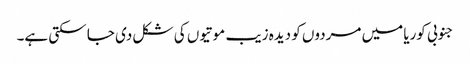
جنوبی کوریا میں مردوں کو دیدہ زیب موتیوں کی شکل دی جا سکتی ہے۔